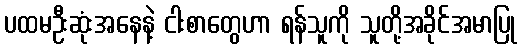
ပထမဦးဆုံးအနေနဲ့ ငါးစာတွေဟာ ရန်သူကို သူတို့အခိုင်အမာပြု